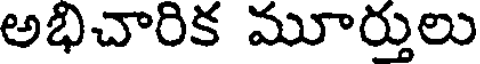
అభిచారిక మూర్తులు